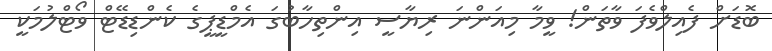
ބޮޑަށް ފެއިލްވެފަ ވާތަން! ވީމާ މިއަންނަ ރިޔާސީ އިންތިހާބުގަ އެމްޑީޕީގެ ކެންޑިޑޭޓް ވޯޓްލުމަކީ